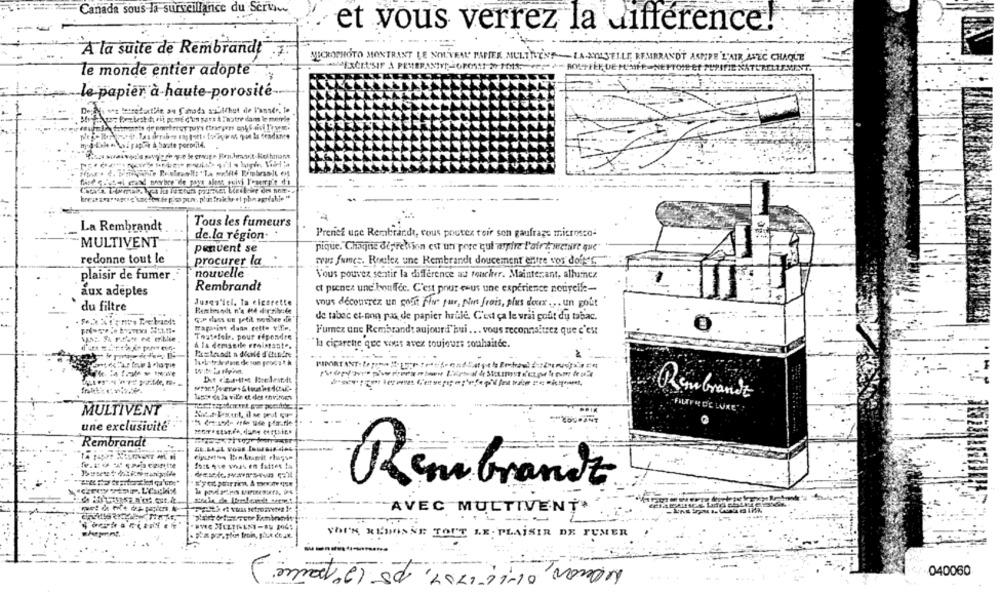
Canada sous la surveillance du Seri
et vous verrez la différence!
A la suite de Rembrandt
NECROPHOTO MONTRANT LE NOUVEAU PAPIER MULTILENS-LA-NULJELLE REMBRANDT ASPPE 'L'AIR AFEC CHAQUE
CPIFIE NATURELT
le monde entier adopte
le papier à haute-porosité
7beztestdrit pout d'un pars A autre dam le merrie
haipapie à Saute pormild.
$e k ervige Bra.himaarit-Hol hrrant
Tous les fumeurs
La Rembrandt
de.la region. .
Preniez use Rembrandt, vous pourez toir son gaufrage microsco-
MULTIVENT-
pique. Chaque diprebion est un pere qui andre l'airtwere que
penvent se
redonne tout le
procurer la
was fumes. Roulez une Rembrandt doucement entre vos doit's
plaisir de fumer
nouvelle
Vous pouvez sentir la difference as toncher. Maintenant, alhumez
Rembrandt
ct prenez une hoffec. C'est pour esus une experience notyell :-
aux adeptes
1.
Jusqu'lel, ta elgorette
du filtre
vous decouvrez un pocit fine pur, Non frois, plus doux ... un goût
de tabac et-non pas de papier hrule. C'est ça le vrai goût du tabac.
Fumez une Rembrandt aujourd'hui ... vous reconnaitrez que c'est
Toutefele. pour répondre
A la demissile renissante.
"la cigarette que vous avez toujours souhaitée.
Dit esatte Belemde
Rembrandt
FILTER DE LUXE
MULTIVENT
une exclusivité
Rembrandt
fors qse was en fattet la
En Grandt
---
AVEC MULTIVENT.
SHIN REDONNE TOUT LE PLAISIR DE FUMER
Menor, 0ILE 1709, 15 12º partie )
040060